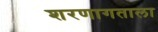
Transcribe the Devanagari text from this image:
शरणागताला